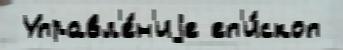
 Управл'е́н'иjе еп'и́скоп